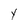
Character: Y